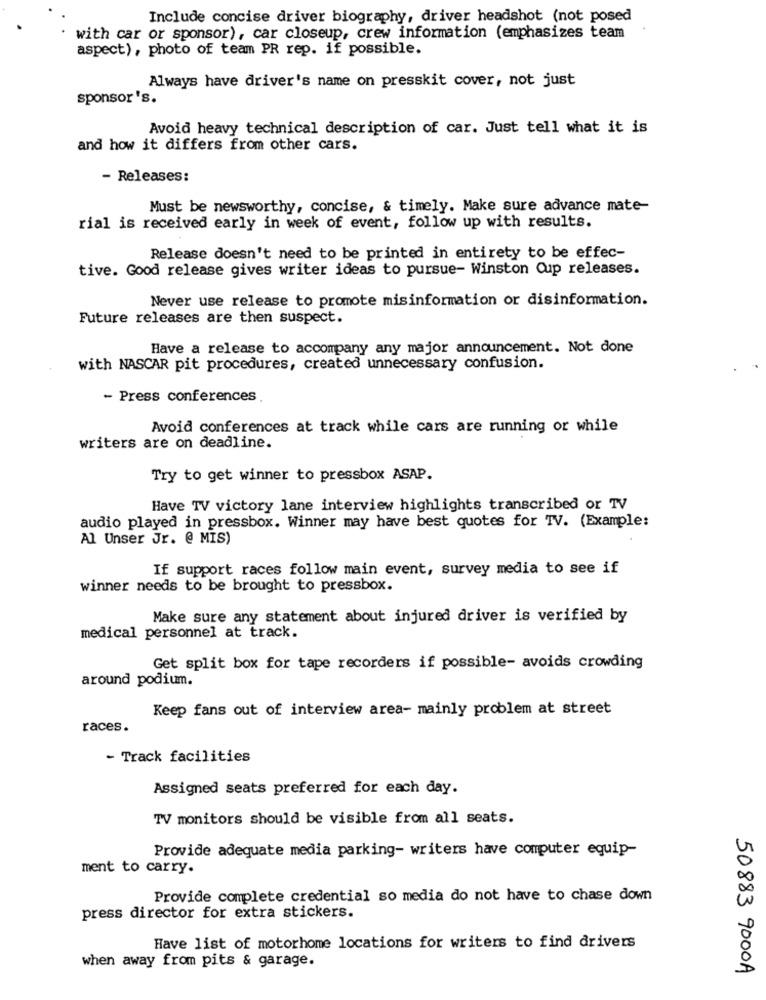
Include concise driver biography, driver headshot (not posed
with car or sponsor), car closeup, crew information (emphasizes team
aspect), photo of team PR rep. if possible.
Always have driver's name on presskit cover, not just
sponsor 's.
Avoid heavy technical description of car. Just tell what it is
and how it differs from other cars.
- Releases:
Must be newsworthy, concise, & timely. Make sure advance mate-
rial is received early in week of event, follow up with results.
Release doesn't need to be printed in entirety to be effec-
tive. Good release gives writer ideas to pursue- Winston Cup releases.
Never use release to promote misinformation or disinformation.
Future releases are then suspect.
Have a release to accompany any major announcement. Not done
with NASCAR pit procedures, created unnecessary confusion.
- Press conferences
Avoid conferences at track while cars are running or while
writers are on deadline.
Try to get winner to pressbox ASAP.
Have TV victory lane interview highlights transcribed or TV
audio played in pressbox. Winner may have best quotes for TV. (Example:
Al Unser Jr. @ MIS)
If support races follow main event, survey media to see if
winner needs to be brought to pressbox.
Make sure any statement about injured driver is verified by
medical personnel at track.
Get split box for tape recorders if possible- avoids crowding
around podium.
Keep fans out of interview area- mainly problem at street
races .
- Track facilities
Assigned seats preferred for each day.
TV monitors should be visible from all seats.
Provide adequate media parking- writers have computer equip-
ment to carry.
Provide complete credential so media do not have to chase down
press director for extra stickers.
Have list of motorhome locations for writers to find drivers
when away from pits & garage.
50883 9000A